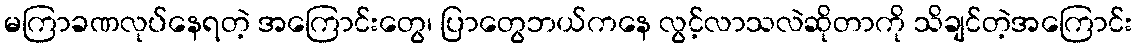
မကြာခဏလုပ်နေရတဲ့ အကြောင်းတွေ၊ ပြာတွေဘယ်ကနေ လွင့်လာသလဲဆိုတာကို သိချင်တဲ့အကြောင်း